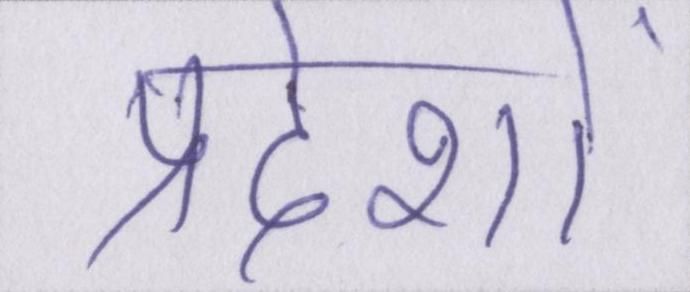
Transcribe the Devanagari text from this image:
प्रदेशों